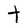
Character: t